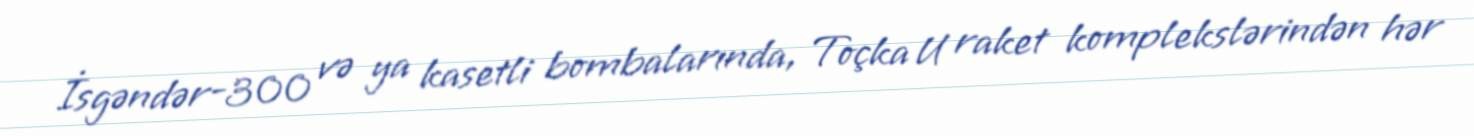
İsgəndər-300 və ya kasetli bombalarında, Toçka U raket komplekslərindən hər